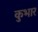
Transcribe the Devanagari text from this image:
कुभार